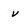
Character: v